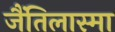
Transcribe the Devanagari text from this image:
जैंतिलास्मा